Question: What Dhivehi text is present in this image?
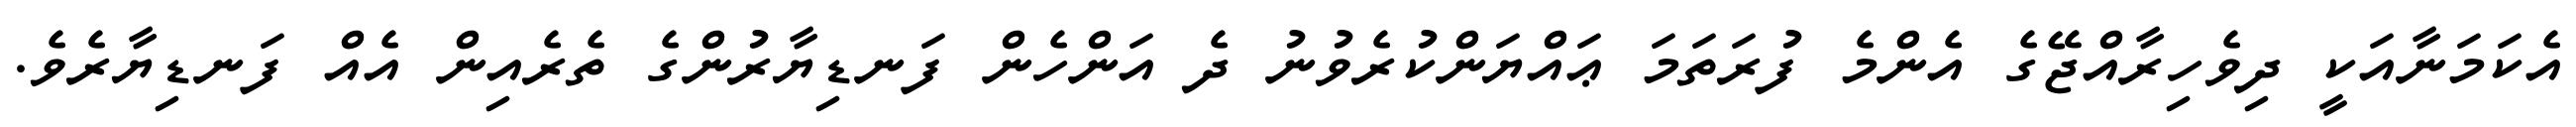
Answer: އެކަމަނާއަކީ ދިވެހިރާއްޖޭގެ އެންމެ ފުރަތަމަ ޢައްޔަންކުރެވުނު ދެ އަންހެން ފަނޑިޔާރުންގެ ތެރެއިން އެއް ފަނޑިޔާރެވެ.